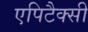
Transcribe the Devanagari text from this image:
एपिटैक्सी